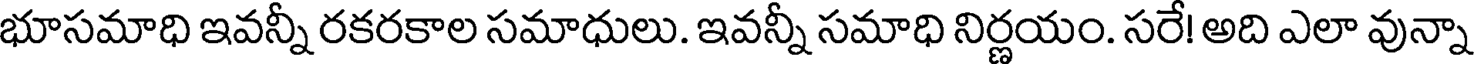
భూసమాధి ఇవన్నీ రకరకాల సమాధులు. ఇవన్నీ సమాధి నిర్ణయం. సరే! అది ఎలా వున్నా